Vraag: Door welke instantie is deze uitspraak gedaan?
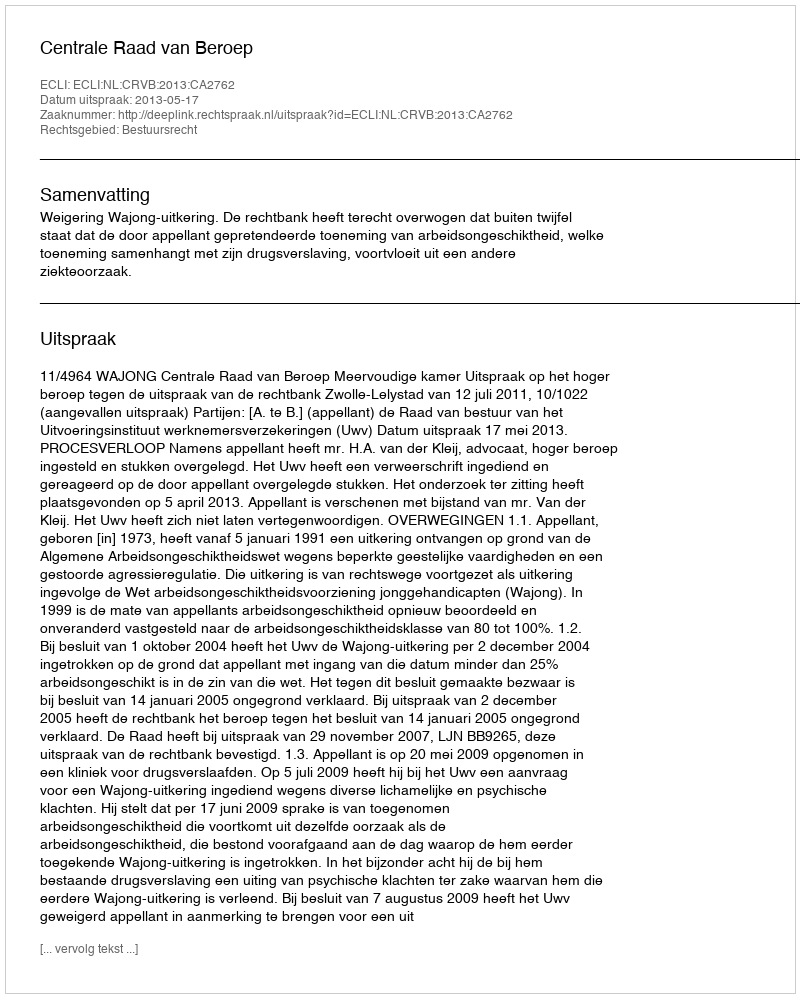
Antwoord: Centrale Raad van Beroep